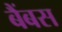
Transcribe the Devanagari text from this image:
बैंबस